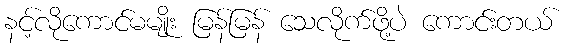
နင့်လိုကောင်မမျိုး မြန်မြန် သေလိုက်ဖို့ပဲ ကောင်းတယ်